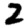
Digit: 2